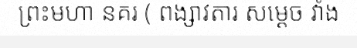
ព្រះមហា នគរ ( ពង្សាវតារ សម្តេច វាំង